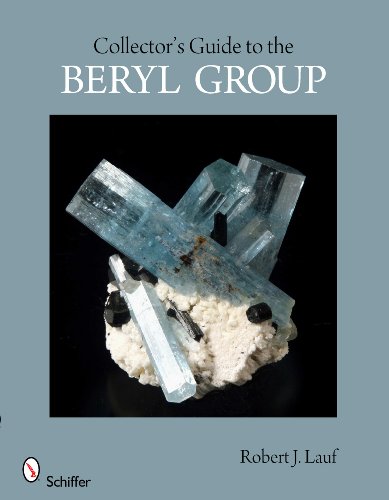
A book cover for Collector's Guide to the Beryl Group (Schiffer Earth Science Monographs); Robert J. Lauf; Science & Math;